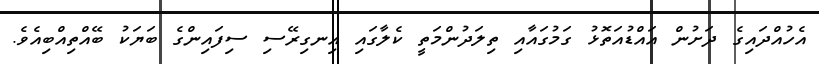
އެހުއްދައިގެ ދަށުން އައްޑުއަތޮޅު ގަމުގައާއި ތިލަދުންމަތީ ކެލާގައި އިނގިރޭސި ސިފައިންގެ ބަޔަކު ބޭއްތިއްބިއެވެ.